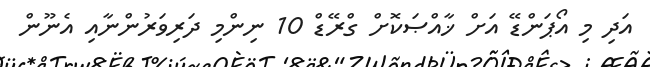
އަދި މި އޯޕަންޑޭ އަށް ޚާއްޞަކޮށް ގްރޭޑް 10 ނިންމި ދަރިވަރުންނާއި އެނޫން